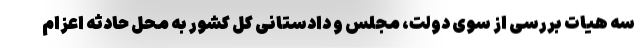
سه هیات بررسی از سوی دولت، مجلس و دادستانی کل کشور به محل حادثه اعزام